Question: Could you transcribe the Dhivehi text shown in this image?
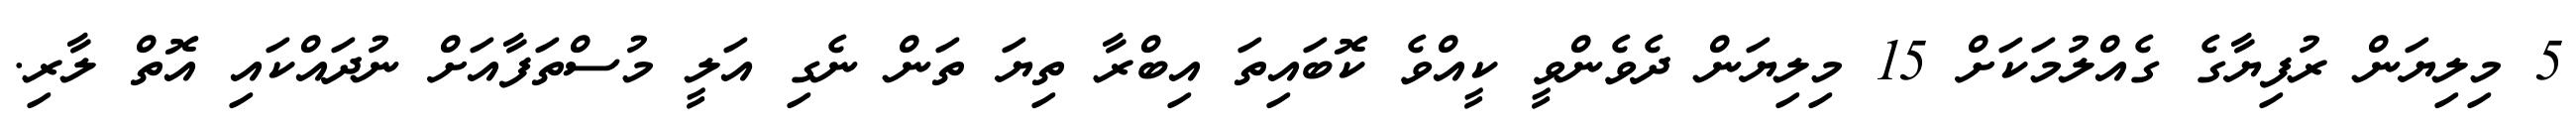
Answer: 5 މިލިޔަން ރުފިޔާގެ ގެއްލުމަކަށް 15 މިލިޔަން ދެވެންވީ ކީއްވެ ކޮބައިތަ އިބްރާ ތިޔަ ތަން ނެގި އަލީ މުސްތަފާއަށް ނުދައްކައި އޮތް ލާރި.